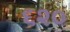
૬૨૦